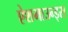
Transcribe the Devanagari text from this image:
ऐशमाउन्ड्स